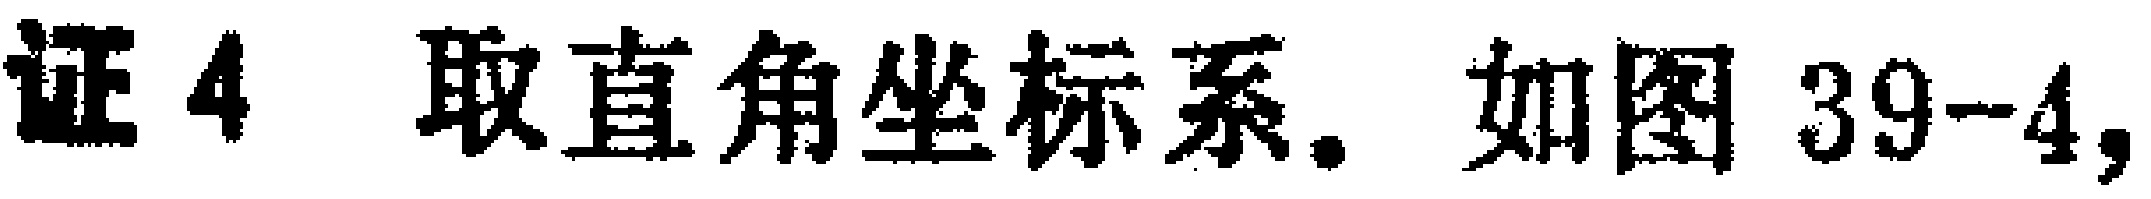
证4 取直角坐标系. 如图39-4,